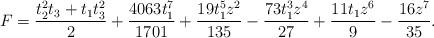
LaTeX: \begin{align*}F= \frac{t_2^2t_3 + t_1t_3^2}{2}+\frac{4063t_1^7}{1701} +\frac{19t_1^5z^2}{135} - \frac{73t_1^3z^4}{27} + \frac{11t_1z^6}{9} - \frac{16z^7}{35}.\end{align*}